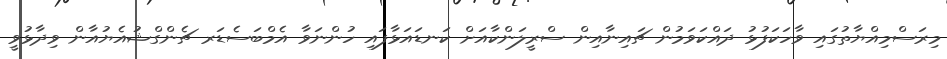
މިރަސްމިއްޔާތުގައި ވާހަކަފުޅު ދައްކަވަމުން ޗައިނާއިން ސްރީލަންކާއަށް ކަނޑައަޅާފައި ހުންނަވާ އެމްބަސެޑަރ ޗެންގްޝުއެޔުއާން ވިދާޅުވީ